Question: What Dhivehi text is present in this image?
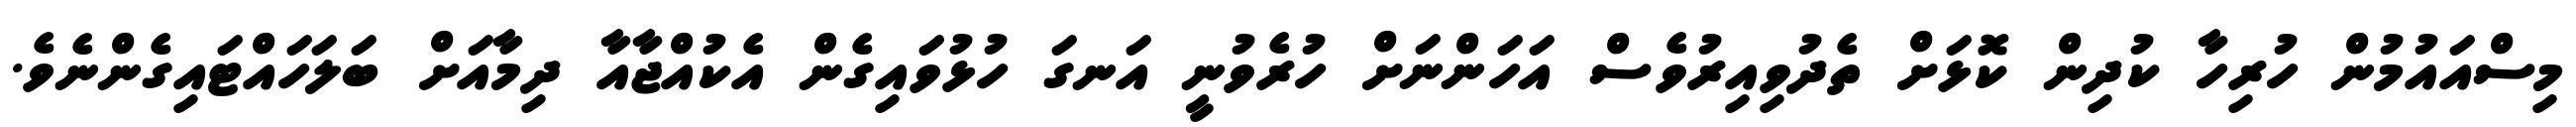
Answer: މިސްއައުމުން ހުރިހާ ކުދިން ކޮޅަށް ތެދުވިއިރުވެސް އަހަންނަށް ހުރެވުނީ އަނގަ ހުޅުވައިގެން އެކުއްޖާއާ ދިމާއަށް ބަލަހައްޓައިގެންނެވެ.